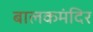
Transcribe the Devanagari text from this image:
बालकमंदिर